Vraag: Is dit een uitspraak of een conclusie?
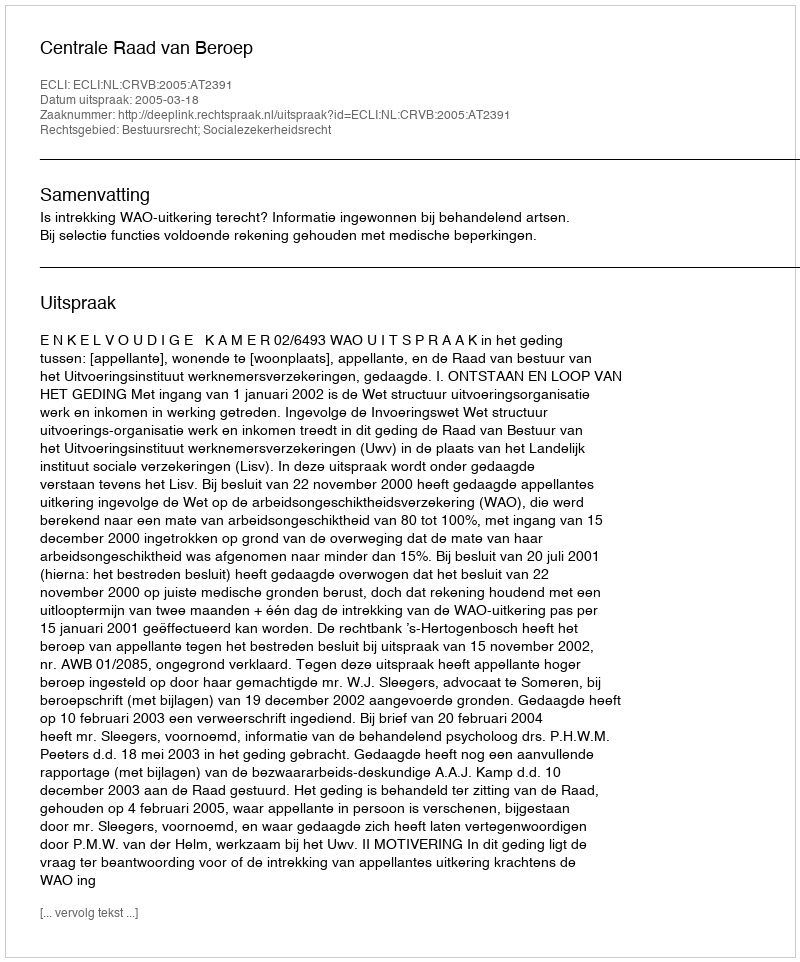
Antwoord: Uitspraak